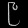
Digit: ၉